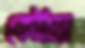
কৌঠায়